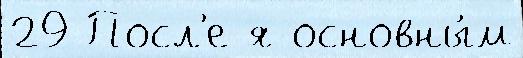
29 Посл'е я основны́м